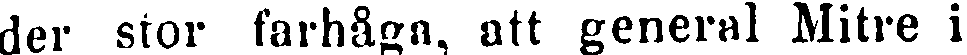
der stor farhåga, att general Mitre i